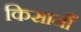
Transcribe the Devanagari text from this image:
किसानौं